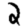
Digit: 2